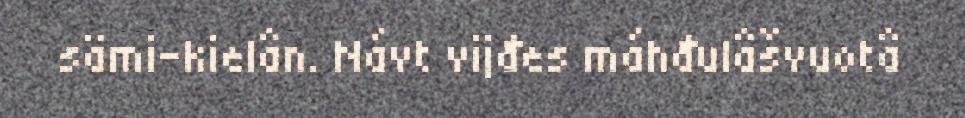
sämi-kielân. Návt vijđes máhđulâšvuotâ